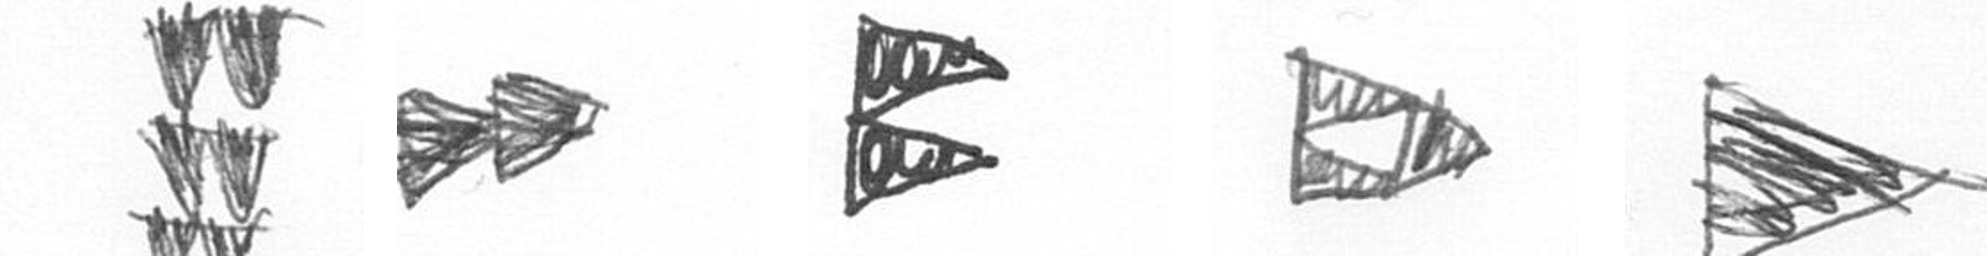
Y A P K T